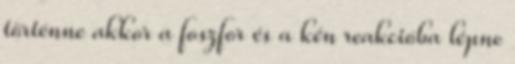
történne akkor a foszfor és a kén reakcióba lépne